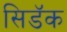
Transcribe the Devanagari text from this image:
सिडॅक